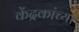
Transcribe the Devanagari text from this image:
केंद्रकांच्या